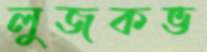
লুজকভ